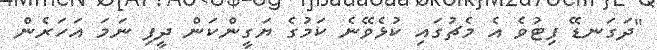
"ދަގަނޑޭ ފިޓުވެ އެ މެޗުގައި ކުޅެވޭނެ ކަމުގެ ޔަގީންކަން ދީފި ނަމަ އަހަރެން